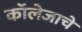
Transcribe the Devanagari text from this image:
कॉलेजाचे